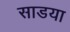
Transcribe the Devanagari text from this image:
साडया